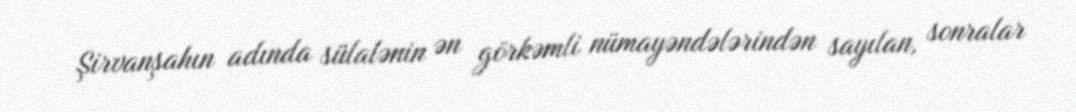
Şirvanşahın adında sülalənin ən görkəmli nümayəndələrindən sayılan, sonralar